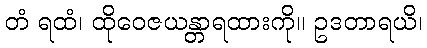
တံ ရထံ၊ ထိုဝေဇယန္တာရထားကို။ ဥဒတာရယိ၊